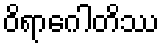
ဝိရာဂေါတိဿ